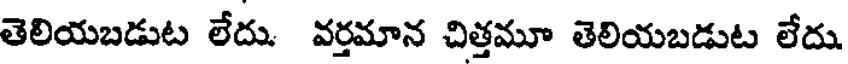
తెలియబడుట లేదు. వర్తమాన చిత్తమూ తెలియబడుట లేదు